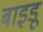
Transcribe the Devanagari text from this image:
बाइडू